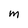
Character: M